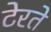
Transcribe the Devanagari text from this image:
टेरते